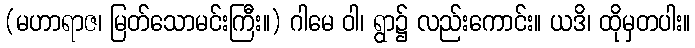
(မဟာရာဇ၊ မြတ်သောမင်းကြီး။) ဂါမေ ဝါ၊ ရွာ၌ လည်းကောင်း။ ယဒိ၊ ထိုမှတပါး။